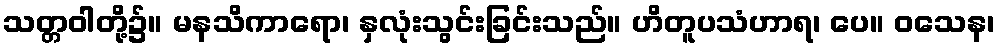
သတ္တဝါတို့၌။ မနသိကာရော၊ နှလုံးသွင်းခြင်းသည်။ ဟိတူပသံဟာရ၊ ပေ။ ဝသေန၊